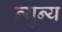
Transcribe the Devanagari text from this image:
न्युन्य